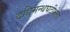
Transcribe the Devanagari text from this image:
दधिमन्थघटीभेत्ता